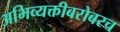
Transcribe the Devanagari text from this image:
अभिव्यक्तीबरोबरच